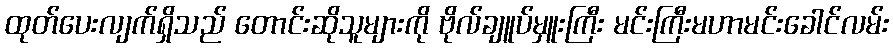
ထုတ်ပေးလျက်ရှိသည် တောင်းဆိုသူများကို ဗိုလ်ချူပ်မှူးကြီး မင်းကြီးမဟာမင်းခေါင်လမ်း